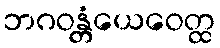
ဘဂဝန္တံယေဝေတ္ထ